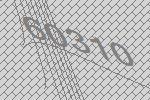
60310